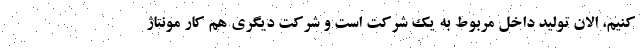
کنیم، الان تولید داخل مربوط به یک شرکت است و شرکت دیگری هم کار مونتاژ